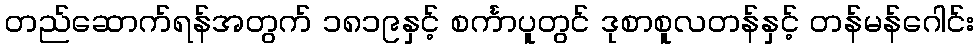
တည်ဆောက်ရန်အတွက် ၁၈၁၉နှင့် စင်္ကာပူတွင် ဒုစာစူလတန်နှင့် တန်မန်ဂေါင်း